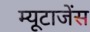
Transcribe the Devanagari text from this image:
म्यूटाजेंस